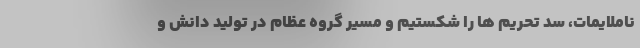
ناملایمات، سد تحریم ها را شکستیم و مسیر گروه عظام در تولید دانش و